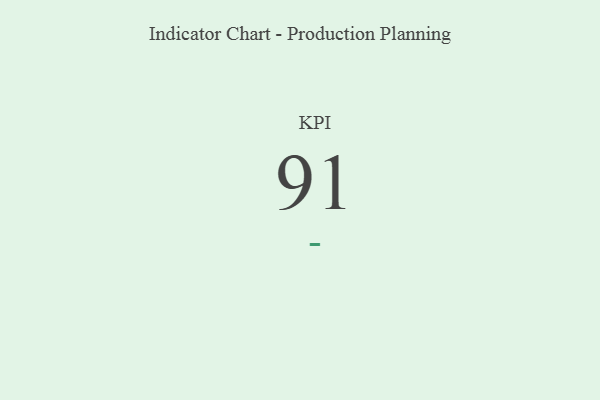
{"axis": {"x": "KPI", "y": "Value"}, "legend": [""], "data": [{"x": "KPI", "y": 91, "type": ""}]}